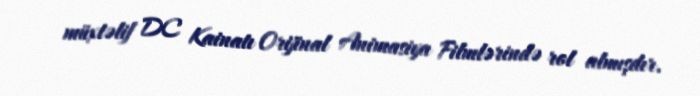
müxtəlif DC Kainatı Orijinal Animasiya Filmlərində rol almışdır.